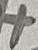
Text: +